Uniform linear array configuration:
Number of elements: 48
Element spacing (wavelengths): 0.5
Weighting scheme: cosine
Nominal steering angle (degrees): -60
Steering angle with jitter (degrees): -59.062
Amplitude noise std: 0.05
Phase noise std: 0.05

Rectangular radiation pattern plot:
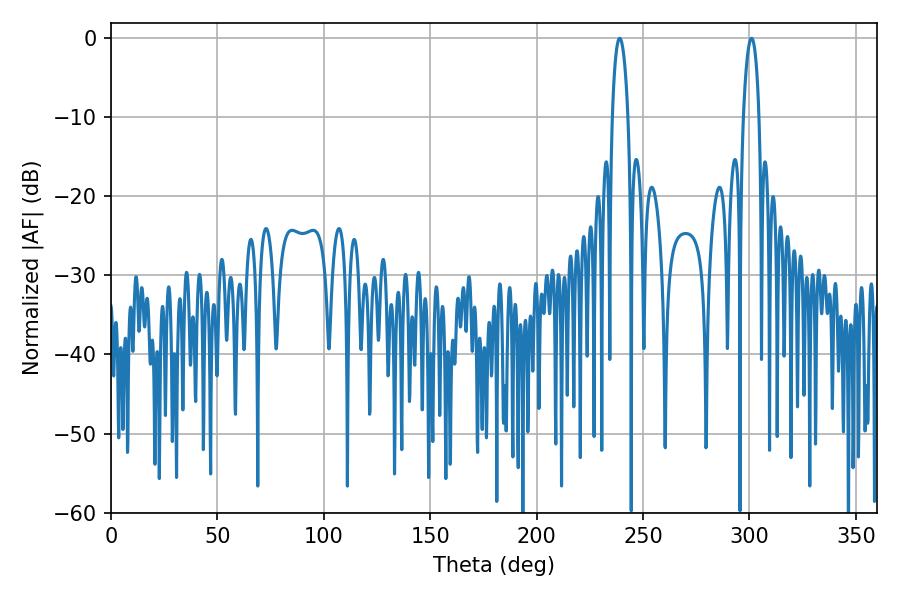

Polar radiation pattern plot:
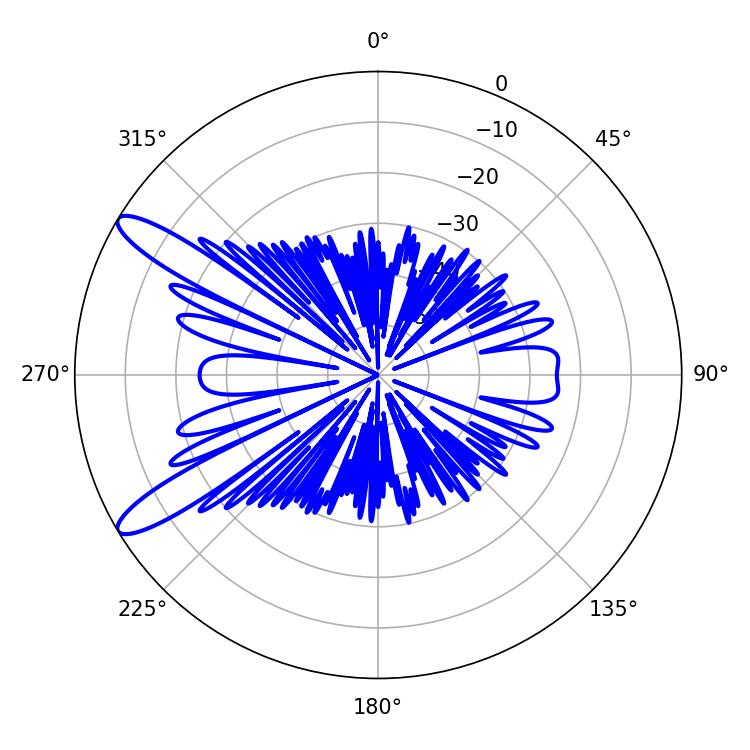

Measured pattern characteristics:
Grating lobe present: FALSE
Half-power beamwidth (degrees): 4.14
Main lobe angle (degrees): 239.04